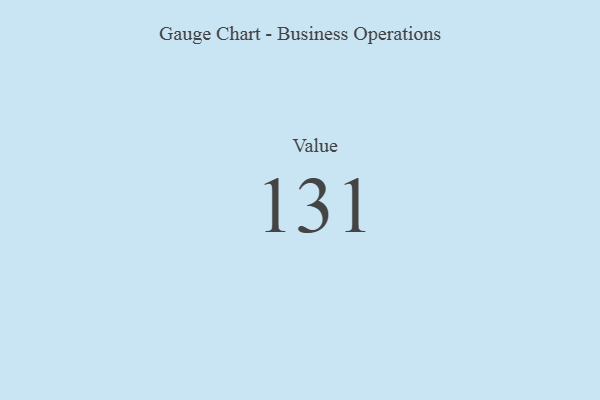
{"axis": {"x": "Metric", "y": "Value"}, "legend": [""], "data": [{"x": "Value", "y": 131, "type": ""}]}